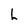
Character: L